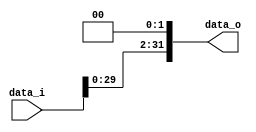
//Subject:      CO project 2 - Shift_Left_Two_32
//--------------------------------------------------------------------------------
//Version:     1
//--------------------------------------------------------------------------------
//Description: 
//--------------------------------------------------------------------------------

module Shift_Left_Two_32(
    data_i,
    data_o
    );

//I/O ports                    
input [32-1:0] data_i;
output[32-1:0] data_o;

reg	[32-1:0] data_o;
//shift left 2
always @(*)
begin
	data_o = data_i << 2;
end
endmodule